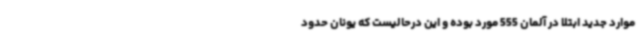
موارد جدید ابتلا در آلمان 555 مورد بوده و این درحالیست که یونان حدود